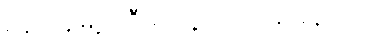
ရန်ကုန်မြို့လူဦးရေရဲ့ ၂.၇ သန်းခန့်ဟာ